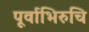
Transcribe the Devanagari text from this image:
पूर्वाभिरुचि